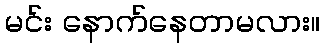
မင်း နောက်နေတာမလား။